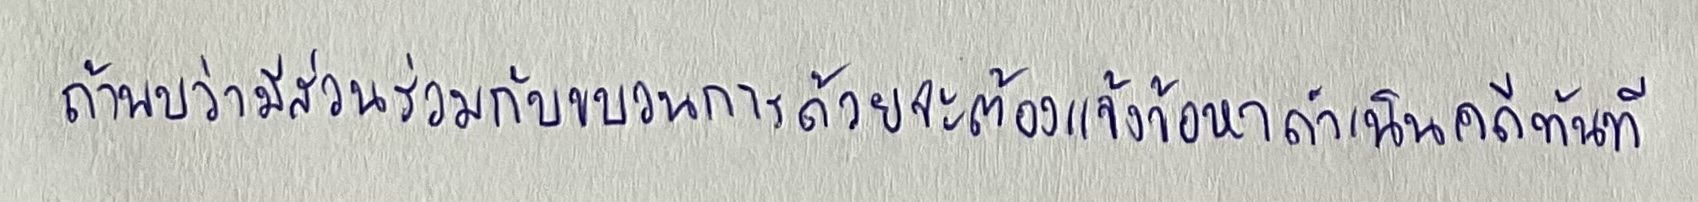
ถ้าพบว่ามีส่วนร่วมกับขบวนการด้วยจะต้องแจ้งข้อหาดำเนินคดีทันที